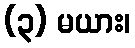
(၃) မယား၊